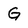
Character: G